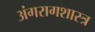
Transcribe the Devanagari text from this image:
अंगरागशास्त्र